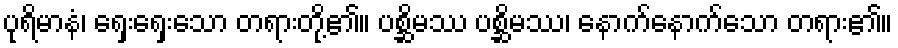
ပုရိမာနံ၊ ရှေးရှေးသော တရားတို့၏။ ပစ္ဆိမဿ ပစ္ဆိမဿ၊ နောက်နောက်သော တရား၏။